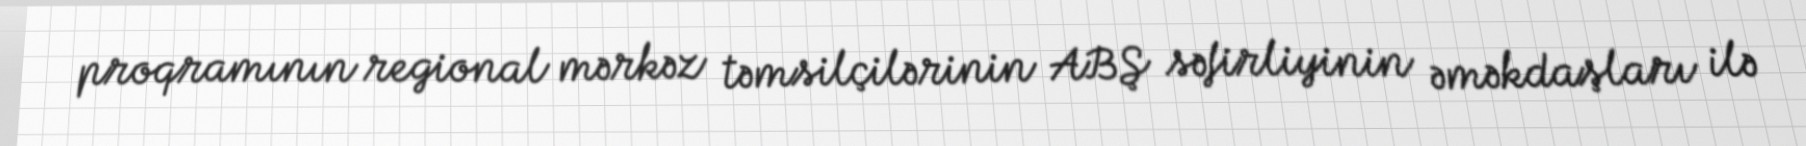
proqramının regional mərkəz təmsilçilərinin ABŞ səfirliyinin əməkdaşları ilə